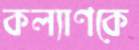
কল্যাণকে